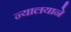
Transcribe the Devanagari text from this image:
न्यालयाने